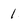
Character: 1